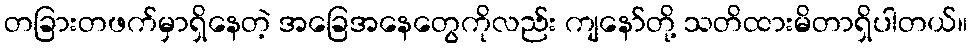
တခြားတဖက်မှာရှိနေတဲ့ အခြေအနေတွေကိုလည်း ကျနော်တို့ သတိထားမိတာရှိပါတယ်။